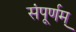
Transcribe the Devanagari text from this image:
संपूर्णम्‌